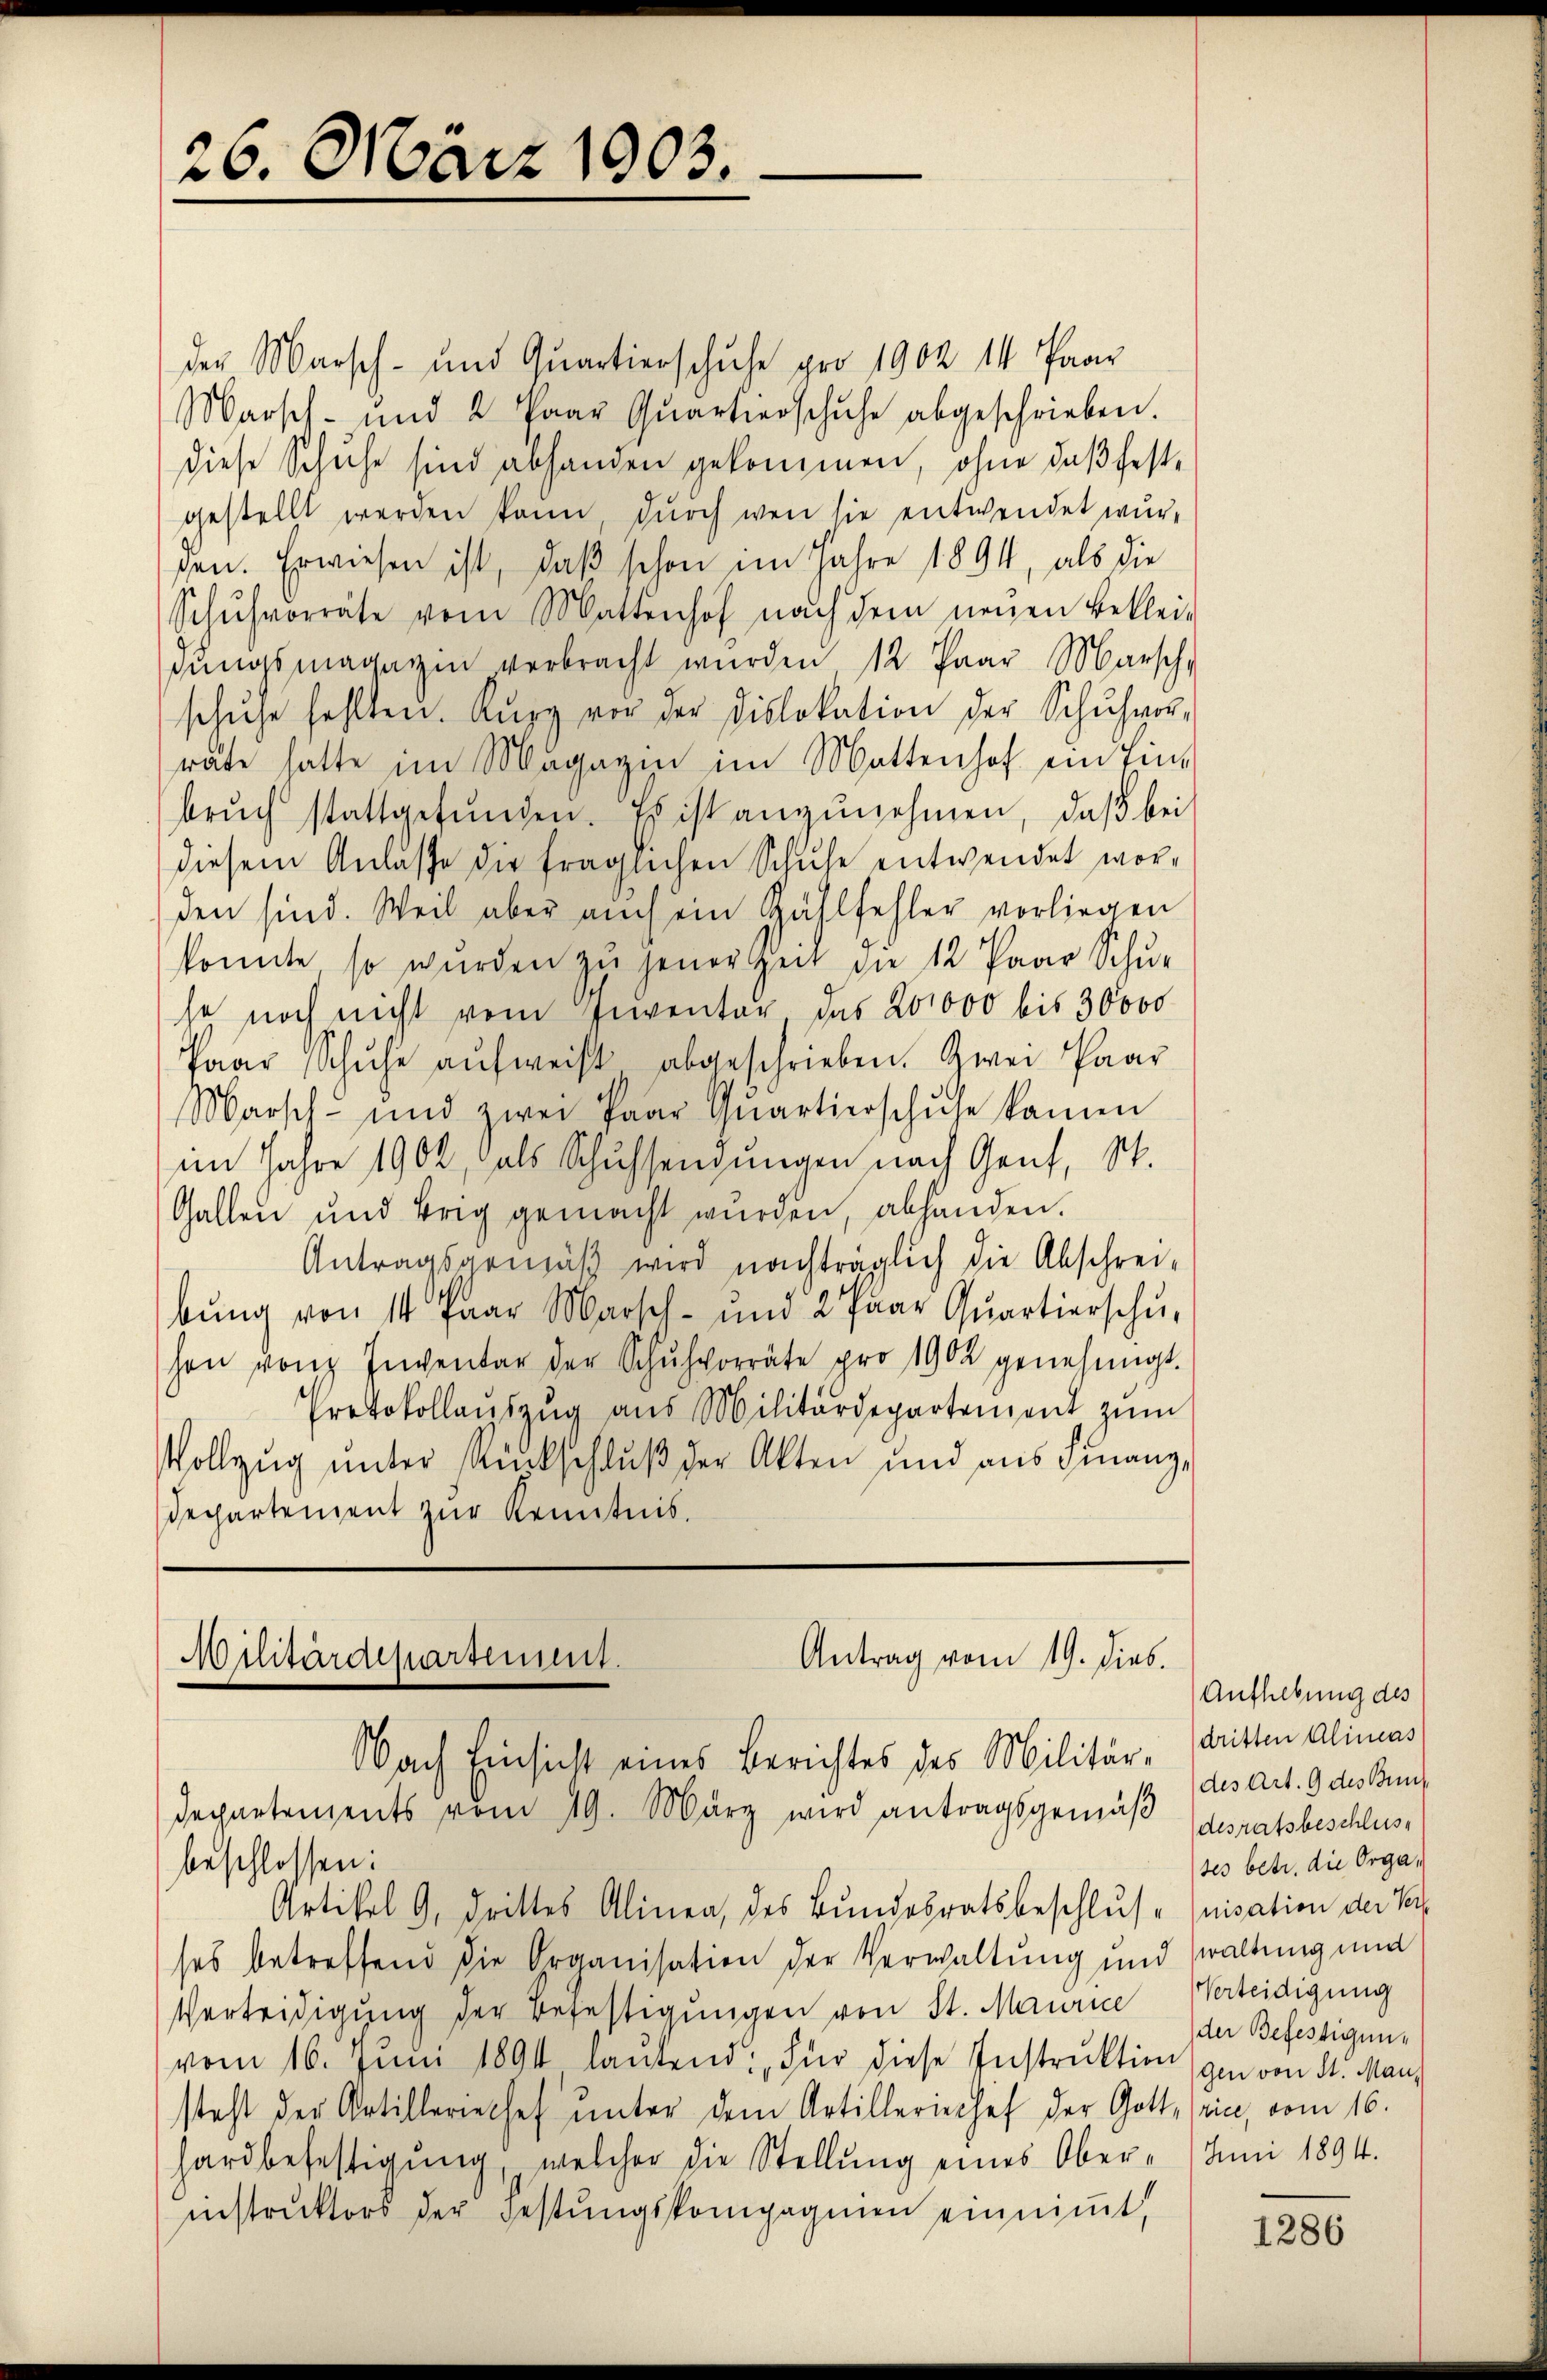
26. März 1903.

der Marsch- und Quartierschuhe pro 1902 14 Paar
Marsch- und 2 Paar Qŭartierschuhe abgeschrieben.
diese Schuhe sind abhanden gekommen, ohne daß festgestellt werden kann, durch wen sie entwendet wur-
den. Erwiesen ist, daβ schon im Jahre 1894, als die
Schŭhvorräte vom Mattenhof nach dem neŭen Beklei-
dŭngsmagazin verbracht wurden 12 Paar Marsch,
schuhe fehlten. Kurz vor der Dislokation der Schŭhvor-
räte hätte im Magazin im Mattenhof ein Tibrŭch stattgefŭnden. Es ist anzŭnehmen, daβ bei
diesem Anlasse die fraglichen Schuhe entwendet worden sind. Weil aber auch ein Zahl fehler vorliegen
konnte so würden zŭ jener Zeit die 12 Paar Schur
se noch nicht vom Inventar das 201000 bis 30000
Paar Schuhe aufweist abgeschrieben. Zwei Paar
Marsch und zwei Paar Qŭartierschŭle kamen
im Jahre 1902, als Schuhsendungen nach Genf, St.
Gallen und Brig gemacht würden, abhanden.
Antragsgemäβ wird nachträglich die Abschrei-
bŭng von 14 Paar Marsch- und 2 Paar Qŭartierschŭ-
hon von Inventar der Schŭhvorräte pro 1902 genehmigt.
Protokollaŭszŭg aŭs Militärdepartement zŭm
Vollzug unter Rückschluß der Akten und aus Finanz¬
Dechartement zur Kenntnis.

Antrag vom 19. dies.
Militärdepartement.
Nach Einsicht eines Berichtes des Militär-
departements vom 19. März wird antragsgemäβ

beschlossen:
Artikel 9, drittes Alinea, des Bundesratsbeschlus Quisation der Verh
ses betreffend die Organisation der Verwaltung und waltung und
Verteidigung der Befestigungen von St. Maurice
vom 16. Juni 1894 lautend: „Für diese Instruktion gen von d. Man
steht der Artilleriechef ŭnter dem Artilleriechef der Gott, (rice, vom 16.
hardbefestigung, welcher die Stellung eines Oberinstruktors der Festungskompagnien einnimmt,

Aufhebung des
dritten Alineas
des Art. 9 des Bundesratsbeschlus
tes betr. die Orga
Verteidigung
der Befestigung
Juni 1894.

1286